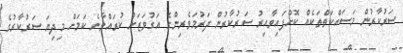
ސަރުކާރުން މަސައްކަތްތަކެއް ކޮށްފައިވާއިރު ސަރުކާރުން ދަރުމަވެރިންގެ އަގުވަޒަން ކުރައްވާނެ ކަމަށް މިދިޔަ ސަރުކާރުގެ